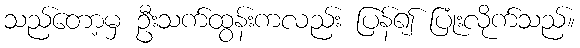
သည်တော့မှ ဦးသက်ထွန်းကလည်း ပြန်၍ ပြုံးလိုက်သည်။